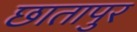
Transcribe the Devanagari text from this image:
छातापुर